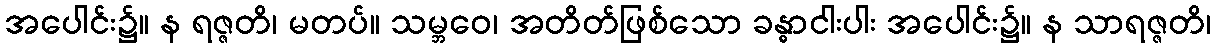
အပေါင်း၌။ န ရဇ္ဇတိ၊ မတပ်။ သမ္ဘဝေ၊ အတိတ်ဖြစ်သော ခန္ဓာငါးပါး အပေါင်း၌။ န သာရဇ္ဇတိ၊